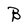
Character: B